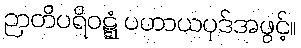
ဉာတိပရိဝဋ္ဋံ ပဟာယပုဒ်အဖွင့်။